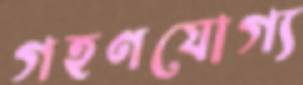
গহণযোগ্য